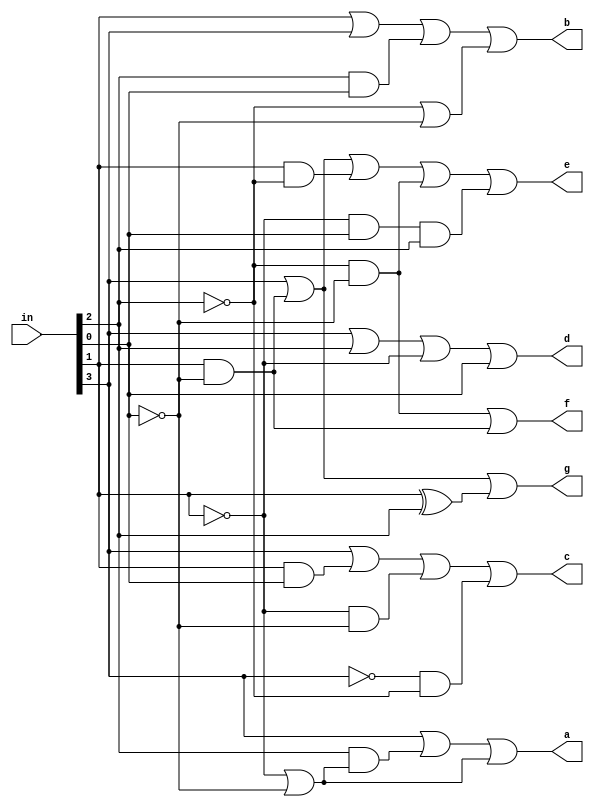
module segment_7_display(in, a, b, c, d, e, f, g);

	input [3:0]in;
	output a, b, c, d, e, f, g;
	wire a3, a2, a1, a0;

	assign
		
		a3 = in[3],
		a2 = in[2],
		a1 = in[1],
		a0 = in[0],
		
		a = (a3 | (a2&(~a1|~a0)) | (~a1|~a0)),
		b = a1 | a3 | (a2&a0) | (~a2|~a0),
		c = a3 | (a1&a0) | (~a1&~a0) | (~a3&~a2),
		d = a3 | a2 | ~a1 | a0,
		e = a3 | (a1&~a0) | (a1&~a2) | (~a2&~a0) | (~a1&a0&a2),
		f = (~a2&~a0) | (a1&~a0),
		g = a3 | (a1&~a0) | (a1^a2);
		
endmodule